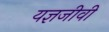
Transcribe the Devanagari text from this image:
यज्ञजीवी